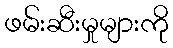
ဖမ်းဆီးမှုများကို